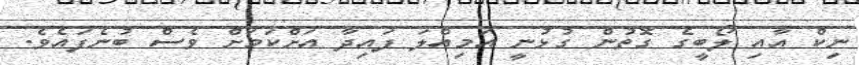
ނިކް އާއި ލޯބީގެ ގޮތުން ގުޅުނީ އަމިއްލަ ފައިދާ އަށްކަމަށް ވެސް ބުނެފައެވެ.